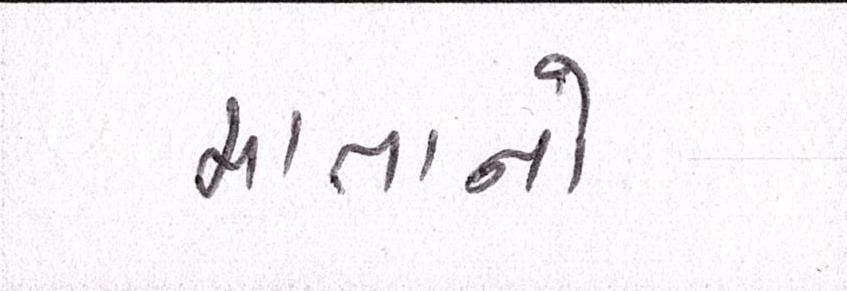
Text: માતાનો